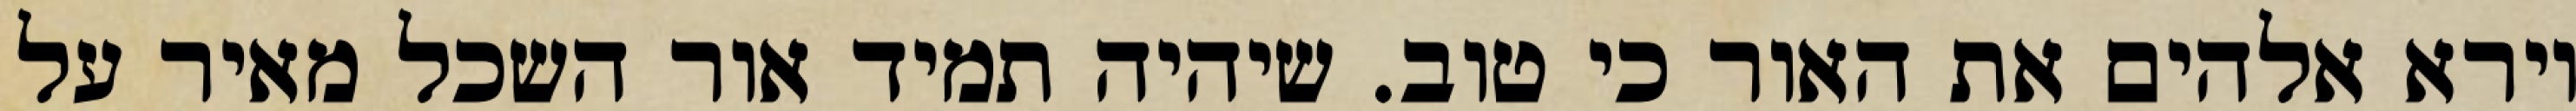
וירא אלהים את האור כי טוב. שיהיה תמיד אור השכל מאיר על